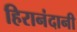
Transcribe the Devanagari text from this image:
हिरानंदानी